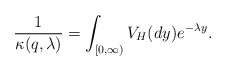
\begin{align*}\frac{1}{\kappa(q,\lambda)}=\int_{[0,\infty)}V_{H}(dy)e^{-\lambda y}.\end{align*}